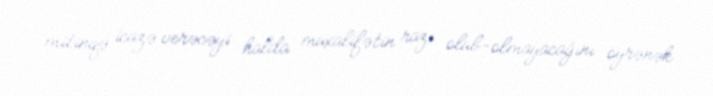
mitinqə icazə verəcəyi halda müxalifətin razı olub-olmayacağını öyrənək.